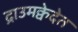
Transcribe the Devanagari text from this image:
द्राउमक्वेदेत